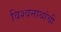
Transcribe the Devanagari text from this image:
विश्वनाथांची